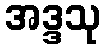
အဒ္ဒသု